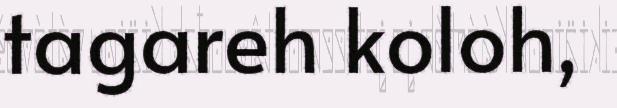
tagareh koloh,